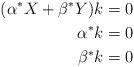
LaTeX: \begin{align*} (\alpha^* X+\beta^* Y )k & =0 \\ \alpha^* k & =0 \\ \beta^* k & = 0 \end{align*}